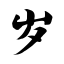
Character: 岁